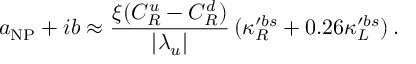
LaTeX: a _ { \mathrm { N P } } + i b \approx \frac { \xi ( C _ { R } ^ { u } - C _ { R } ^ { d } ) } { | \lambda _ { u } | } \, ( \kappa _ { R } ^ { \prime b s } + 0 . 2 6 \kappa _ { L } ^ { \prime b s } ) \, .